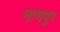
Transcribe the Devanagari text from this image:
नामपुर